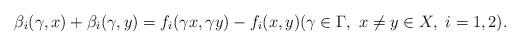
LaTeX: \begin{align*} \beta_i(\gamma,x)+\beta_i(\gamma,y)=f_i(\gamma x,\gamma y)-f_i(x,y)(\gamma\in\Gamma,\ x\ne y\in X,\ i=1,2).\end{align*}